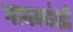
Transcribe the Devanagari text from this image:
गायकांशी